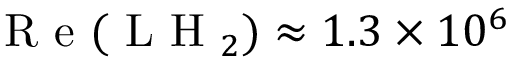
\textrm { R e } ( \textrm { L H } _ { 2 } ) \approx 1 . 3 \times 1 0 ^ { 6 }